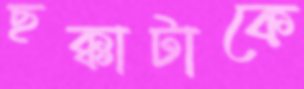
ছক্কাটাকে